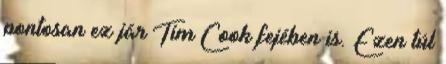
pontosan ez jár Tim Cook fejében is. Ezen túl